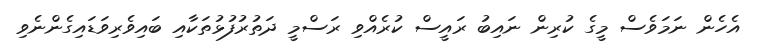
އެހެން ނަމަވެސް މީގެ ކުރިން ނައިބު ރައީސް ކުރެއްވި ރަސްމީ ދަތުރުފުޅުތަކާއި ބައިވެރިވަޑައިގެންނެވި